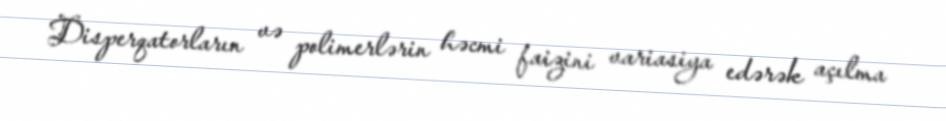
Disperqatorların və polimerlərin həcmi faizini variasiya edərək açılma